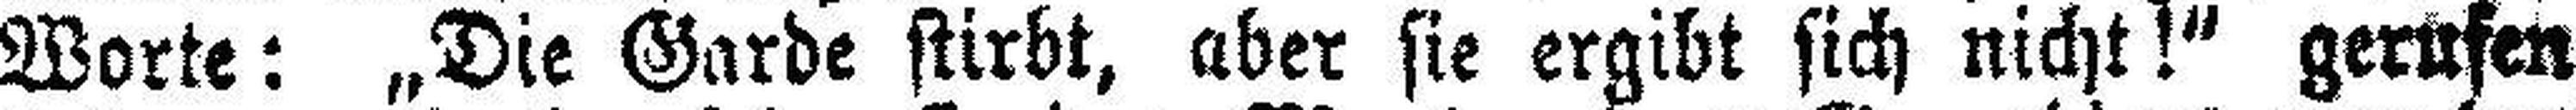
Worte: „Die Garde stirbt, aber sie ergibt sich nicht!“ gerufen